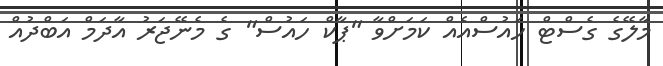
މާލޭގެ ގެސްޓް ހައުސްއެއް ކަމަށްވާ "ޕާކް ހައުސް" ގެ މެނޭޖަރު އާދަމް އަބްދުއް